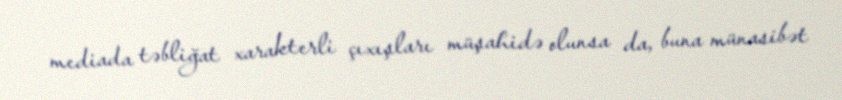
mediada təbliğat xarakterli çıxışları müşahidə olunsa da, buna münasibət